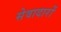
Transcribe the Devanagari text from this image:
सेवादारों